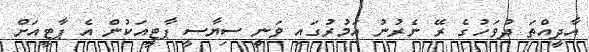
އާދީއްތަ ދުވަހުގެ ރޭ ނެރުނު އަމުރުގައި ވަނީ ސިޔާސީ ޕާޓީއަކުން އެ ޕާޓީއަށް